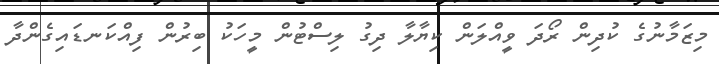
މިޒަމާނުގެ ކުދިން ރޯދަ ވީއްލަން ކިޔާލާ ދިގު ލިސްޓުން މީހަކު ބިރުން ފިއްކަނޑައިގެންދާ